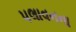
પલાવનના